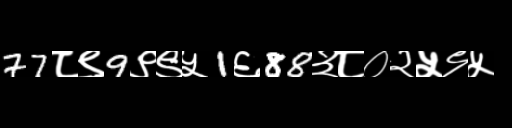
Text: 77८९9९९५1६88३८०२५९५